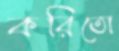
করিতো